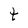
Character: t